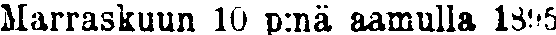
Marraskuun 10 p:nä aamulla 1895